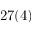
2 7 ( 4 )